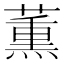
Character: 薫